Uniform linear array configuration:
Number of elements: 12
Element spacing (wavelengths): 0.25
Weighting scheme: hamming
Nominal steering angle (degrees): -45
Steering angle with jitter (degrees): -46.938
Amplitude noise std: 0.05
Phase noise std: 0.05

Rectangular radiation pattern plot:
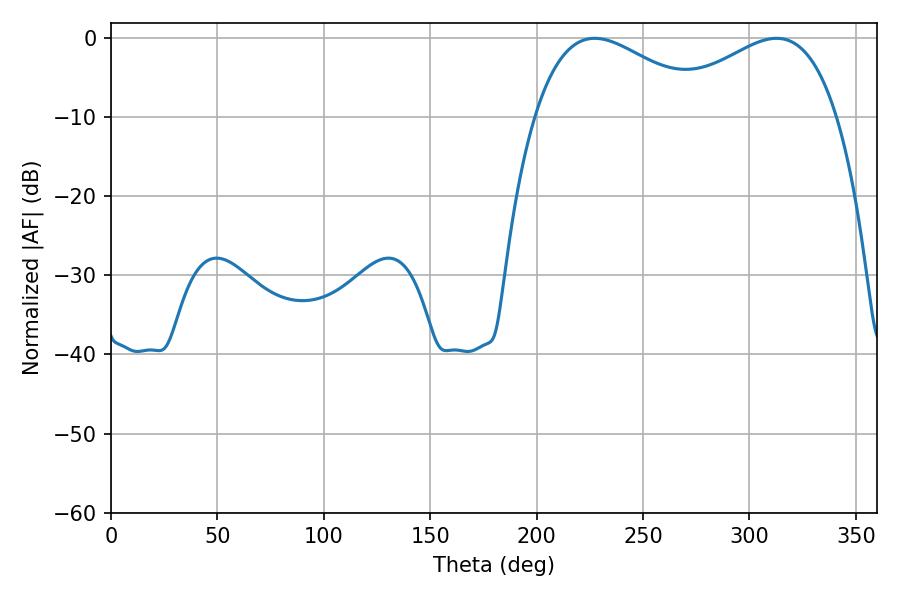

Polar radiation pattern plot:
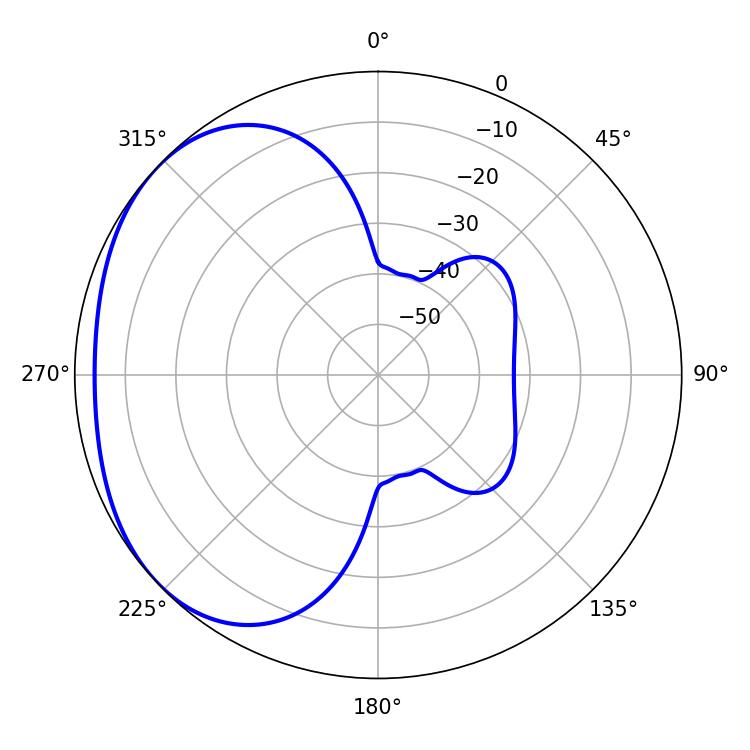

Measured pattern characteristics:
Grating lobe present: FALSE
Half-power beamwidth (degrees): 44.82
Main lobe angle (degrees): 312.66